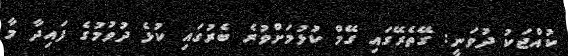
ކުއްޖަކު ދުވަނީ: ގޭތެރޭގައި ގޭމް ކުޅުމަށްވުރެ ބެރުގައި ކުޅެ ދުވުމުގެ ފައިދާ މާ